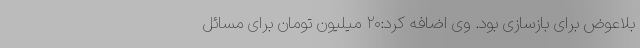
بلاعوض برای بازسازی بود. وی اضافه کرد:۲۰ میلیون تومان برای مسائل